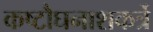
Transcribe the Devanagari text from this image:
कष्टौघनाशकर्त्रे